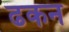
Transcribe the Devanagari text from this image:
ढकन